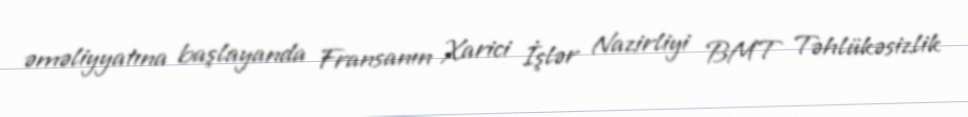
əməliyyatına başlayanda Fransanın Xarici İşlər Nazirliyi BMT Təhlükəsizlik